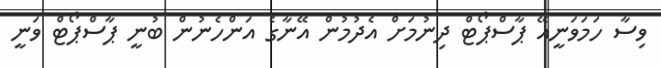
ވިސާ ހަމަވަނީއޭ ޕާސްޕޯޓް ދިނުމަށް އެދުމުން އޭނާގެ އަންހެނުން ބުނީ ޕާސްޕޯޓް ވަނީ